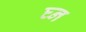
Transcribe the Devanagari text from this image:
घ्न